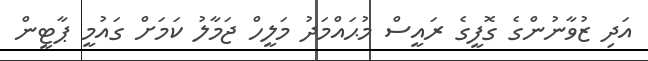
އަދި ޒުވާނުންގެ ގޮފީގެ ރައީސް މުޙައްމަދު މަލީހް ޖަމާލު ކަމަށް ގައުމީ ޕާޓީން